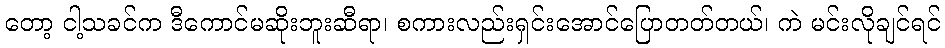
တော့ ငါ့သခင်က ဒီကောင်မဆိုးဘူးဆီရာ၊ စကားလည်းရှင်းအောင်ပြောတတ်တယ်၊ ကဲ မင်းလိုချင်ရင်